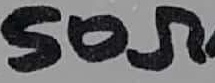
Text: 50Ω